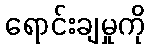
ရောင်းချမှုကို